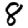
Digit: 8